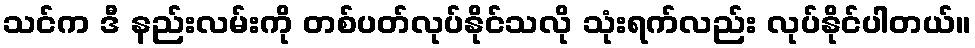
သင်က ဒီ နည်းလမ်းကို တစ်ပတ်လုပ်နိုင်သလို သုံးရက်လည်း လုပ်နိုင်ပါတယ်။